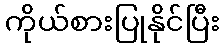
ကိုယ်စားပြုနိုင်ပြီး